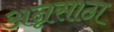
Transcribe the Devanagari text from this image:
अन्नसाठा